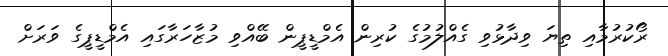
ރޯކުރުމާއި ތިޔަ ވިދާޅުވި ގެއްލުމުގެ ކުރިން އެމްޑީޕީން ބޭއްވި މުޒާހަރާގައި އެމްޑީޕީގެ ވަރަށް